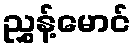
ညွှန့်မောင်